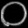
Digit: ၀